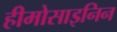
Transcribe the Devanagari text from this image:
हीमोसाइनिन